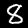
Digit: 8